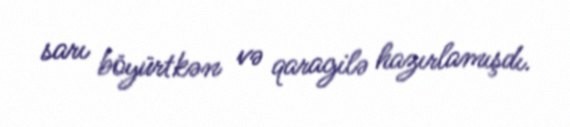
sarı böyürtkən və qaragilə hazırlamışdı.